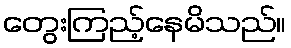
တွေးကြည့်နေမိသည်။